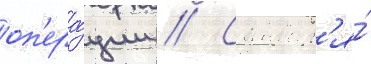
оп'ера́ции // С январ'я́